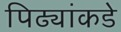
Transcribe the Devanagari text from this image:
पिढ्यांकडे